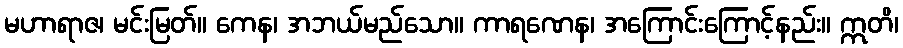
မဟာရာဇ၊ မင်းမြတ်။ ကေန၊ အဘယ်မည်သော။ ကာရဏေန၊ အကြောင်းကြောင့်နည်း။ ဣတိ၊